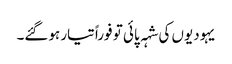
یہودیوں کی شہہ پائی تو فوراً تیار ہوگئے۔